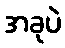
အခုပဲ